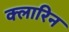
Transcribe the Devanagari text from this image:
क्लारिन